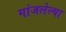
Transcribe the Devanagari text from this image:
गांजलेल्या